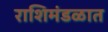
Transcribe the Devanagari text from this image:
राशिमंडळात